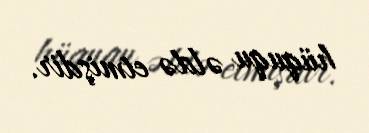
hüququ əldə etmişdir.